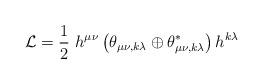
LaTeX: \begin{align*}{\cal L}=\frac{1}{2}\ h^{\mu\nu}\left(\theta_{\mu\nu ,k\lambda} \oplus \theta_{\mu\nu,k\lambda}^{\ast}\right)h^{k\lambda}\end{align*}